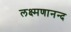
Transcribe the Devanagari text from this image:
लक्ष्मणानन्द